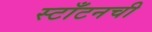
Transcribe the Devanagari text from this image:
स्टाँटनची